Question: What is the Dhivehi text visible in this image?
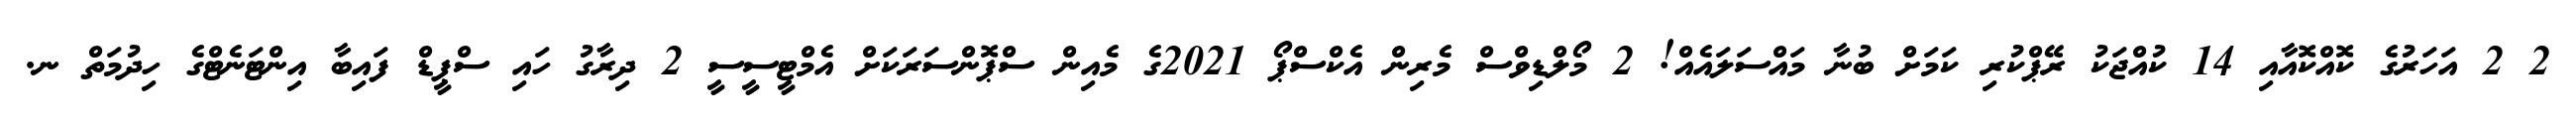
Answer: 2 2 އަހަރުގެ ކޮއްކޮއާއި 14 ކުއްޖަކު ރޭޕްކުރި ކަމަށް ބުނާ މައްސަލައެއް! 2 މޯލްޑިވްސް މެރިން އެކްސްޕޯ 2021ގެ މެއިން ސްޕޮންސަރަކަށް އެމްޓީސީސީ 2 ދިރާގު ހައި ސްޕީޑް ފައިބާ އިންޓަނެޓްގެ ހިދުމަތް ނ.